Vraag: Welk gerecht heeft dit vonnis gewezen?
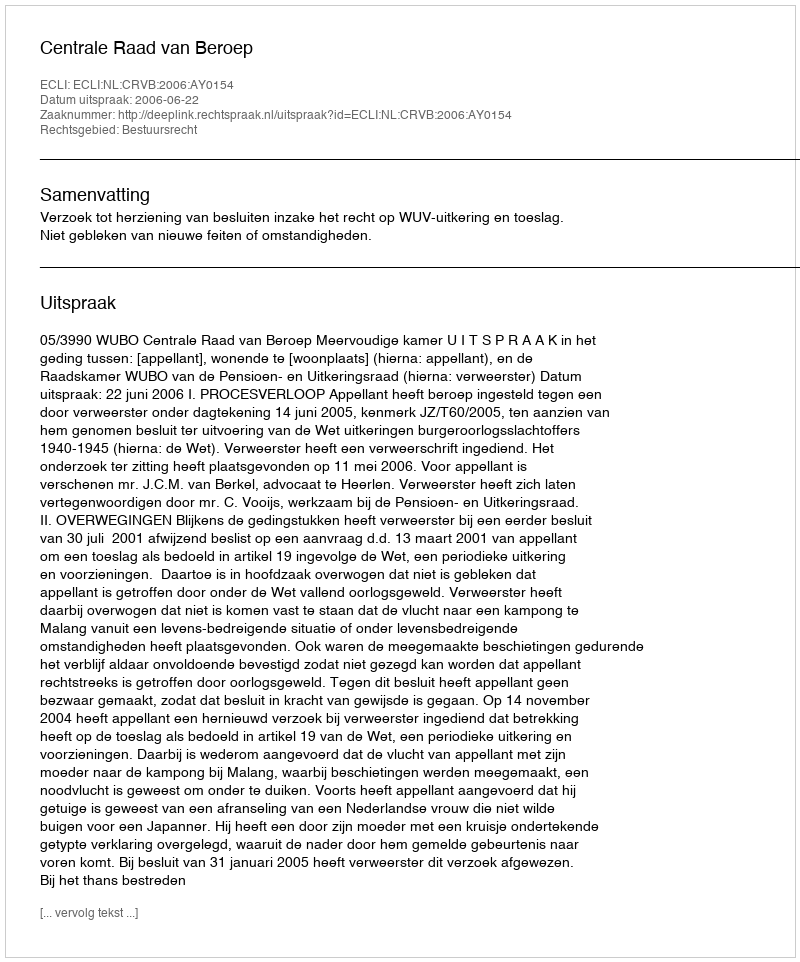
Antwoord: Centrale Raad van Beroep